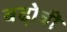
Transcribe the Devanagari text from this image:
बढो़त्री